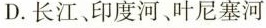
D.长江、印度河、叶尼塞河